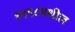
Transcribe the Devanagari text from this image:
१९९८मधील